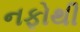
નફોથી